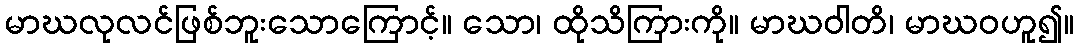
မာဃလုလင်ဖြစ်ဘူးသောကြောင့်။ သော၊ ထိုသိကြားကို။ မာဃဝါတိ၊ မာဃဝဟူ၍။